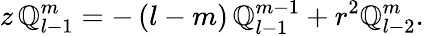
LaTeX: z\, \mathbb{Q}_{l-1}^{m}=-\, (l-m)\, \mathbb{Q}_{l-1}^{m-1}+r^{2}\mathbb{Q}_{l-2}^{m}.